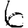
Digit: 6